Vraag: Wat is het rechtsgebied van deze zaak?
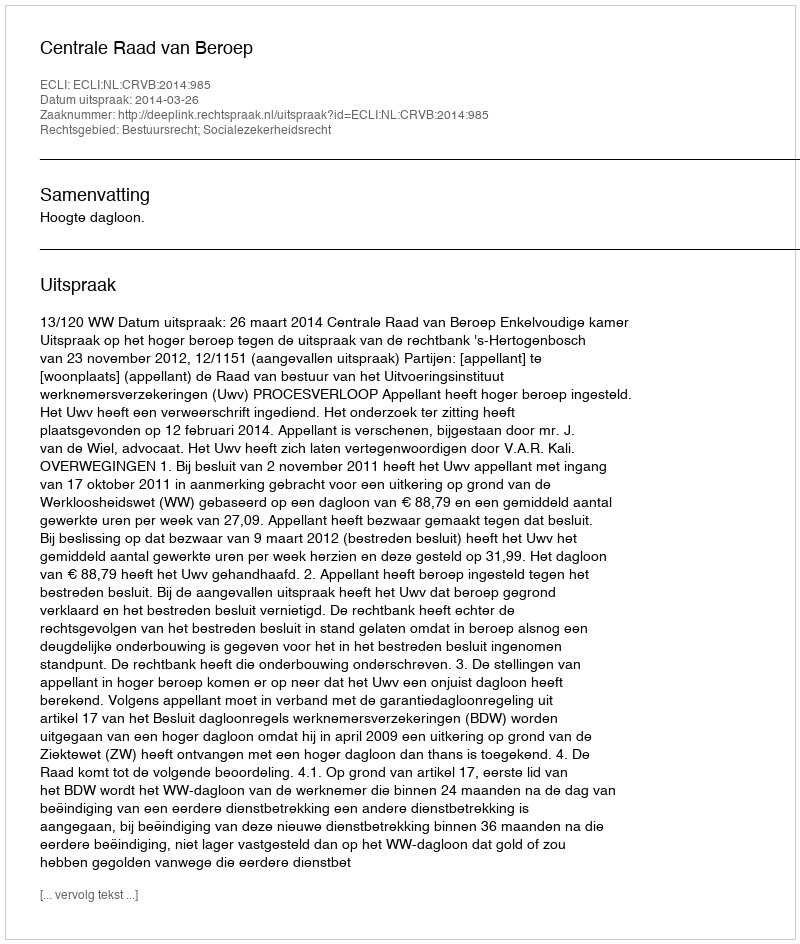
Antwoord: Bestuursrecht; Socialezekerheidsrecht